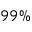
9 9 \%